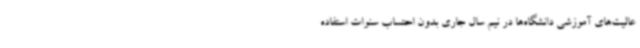
عالیت‌های آموزشی دانشگاه‌ها در نیم سال جاری بدون احتساب سنوات استفاده